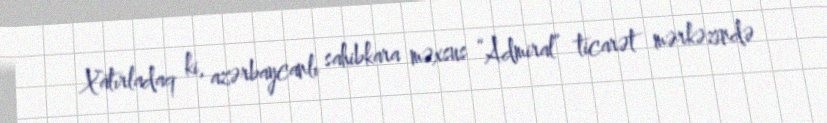
Xatırladaq ki, azərbaycanlı sahibkara məxsus “Admiral” ticarət mərkəzində